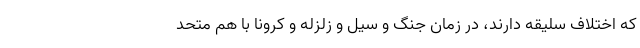
که اختلاف سلیقه دارند، در زمان جنگ و سیل و زلزله و کرونا با هم متحد